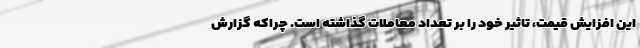
این افزایش قیمت، تاثیر خود را بر تعداد معاملات گذاشته است. چراکه گزارش